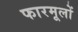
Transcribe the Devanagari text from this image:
फारमूलों